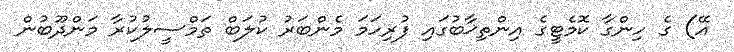
އޭ) ގެ ހިންގާ ކޮމެޓީގެ އިންތިޚާބުގައި ފުރިހަމަ މެންބަރު ކުލަބް ތަމްސީލުކުރާ މަންދޫބުން